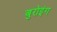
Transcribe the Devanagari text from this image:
बुरोइंग